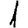
Digit: 1